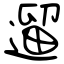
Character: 遛